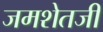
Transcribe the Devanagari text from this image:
जमशेतजी